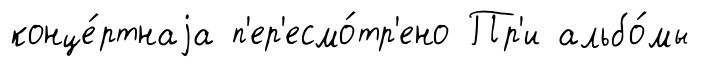
конце́ртнаjа п'ер'есмо́тр'ено Пр'и альбо́мы